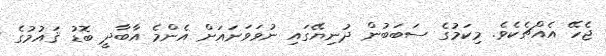
ޖެހޭ އެއްޗެކެވެ. މިކަމުގެ ސަބަބުން ދުނިޔޭގައި ނުވަވަނައަށް އެންމެ އާބާދީ ބޮޑު ޤައުމުގެ